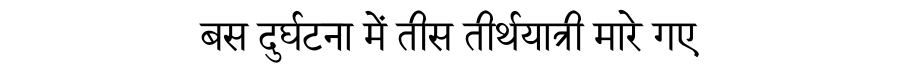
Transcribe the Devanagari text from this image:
बस दुर्घटना में तीस तीर्थयात्री मारे गए